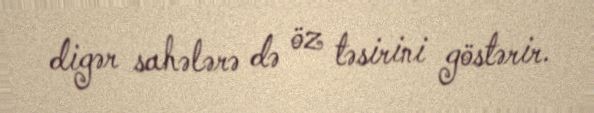
digər sahələrə də öz təsirini göstərir.